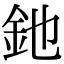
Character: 釶